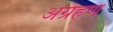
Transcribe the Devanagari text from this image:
अग्रहण